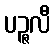
ပဉ္ဇလီ